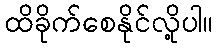
ထိခိုက်စေနိုင်လို့ပါ။